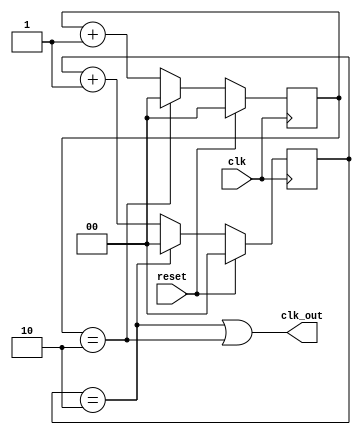
// This program was cloned from: https://github.com/paollacq/Verilog
// License: MIT License

/**************************************************
P1.1 FREQUENCY DIVIDER BY 3
************************************************/
module div_3(
	input clk,
	input reset,
	output clk_out);


	reg[1:0] pos_cnt;
	reg [1:0]neg_cnt;

	always@(posedge clk)
		if(reset)
			pos_cnt<= 0;
		else if(pos_cnt==2)
			pos_cnt<= 0;
		else
			pos_cnt<= pos_cnt+1;

	always@(negedge clk)
	if(reset)
		neg_cnt<= 0;
	else if(neg_cnt==2)
		neg_cnt<= 0;
	else neg_cnt<= neg_cnt+1;

	assign clk_out=((pos_cnt==2) | (neg_cnt==2));

endmodule